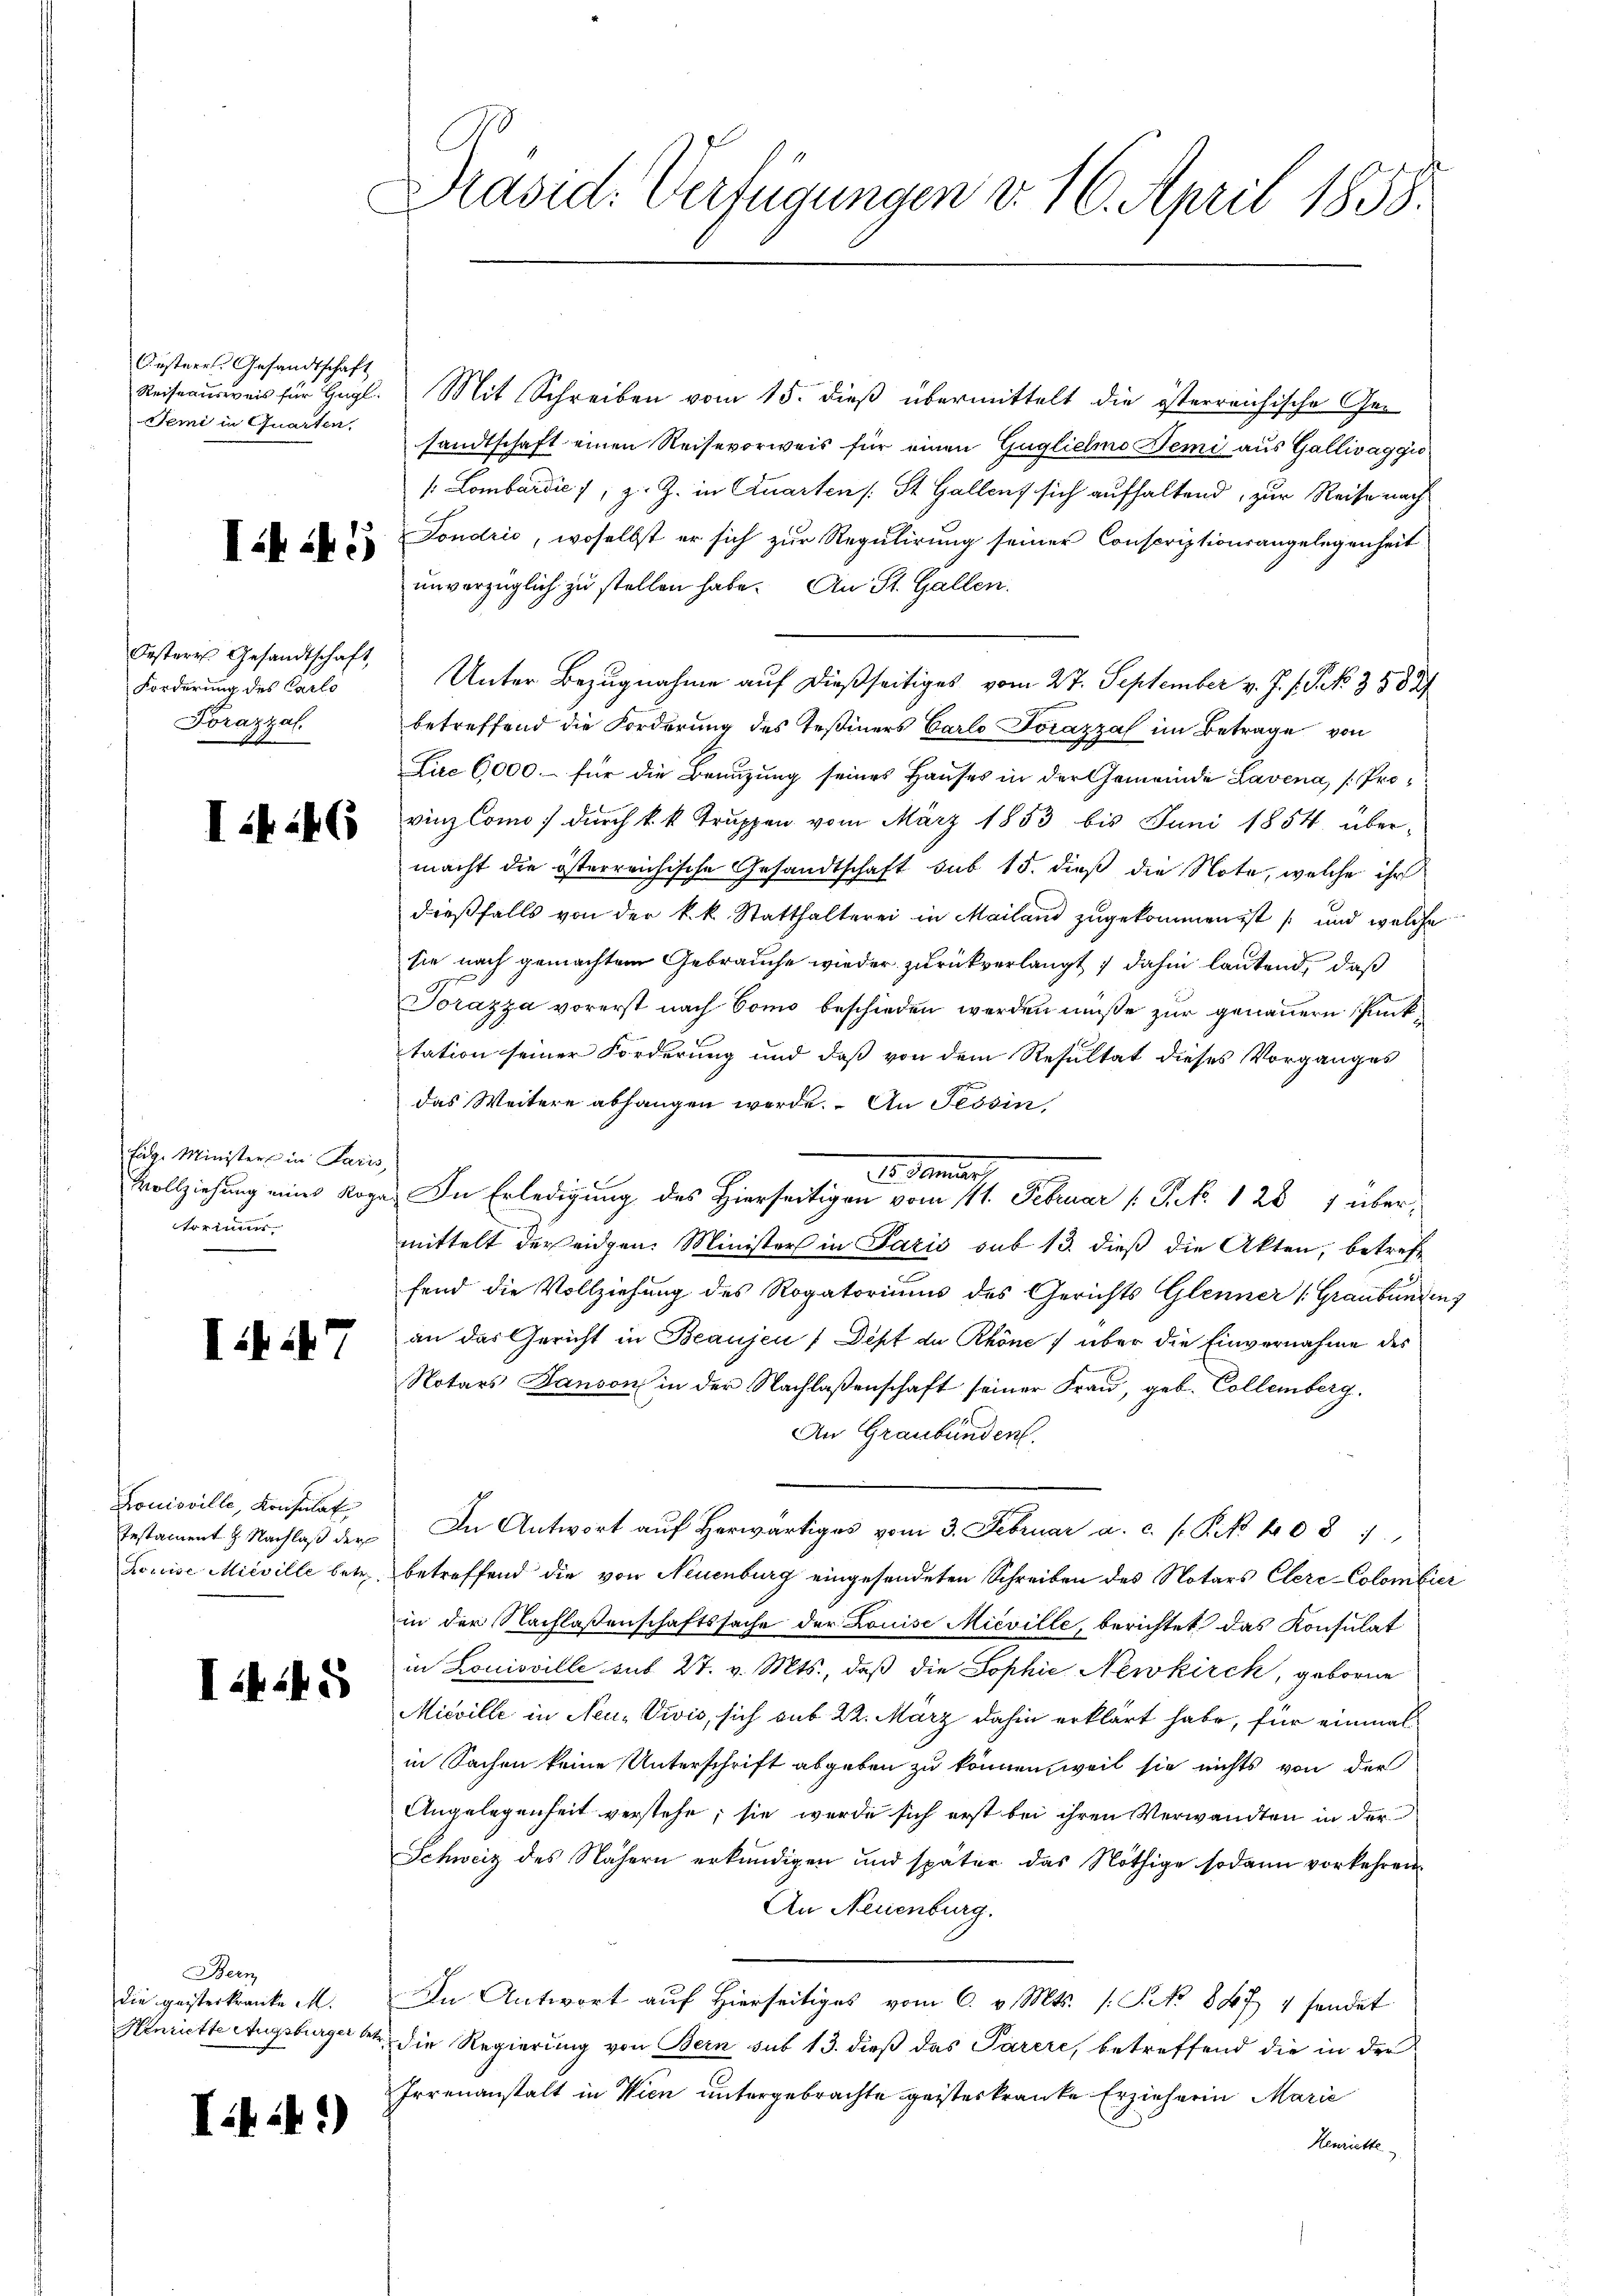
Austerr. Gesandtschaft
Temi in Quarten,

Iii45)

Oestere Gesandtschaft,
Forderung des Carlo
Forazzal

I446

füge Minister in Paris,
torimus

ii47

Louisville, Konsulat
Testament J. Nachlaß der

I445

Bern
die geisterkranke M.

It:41)

Präsid. Verfügungen d. 16. April 1858.

Reiseausweis für Hegl. Mit Schreiben vom 15. dieß übermittelt die österreichische Gesandtschaft einen Reisevorweis für einen Guglichmo Temi aus Gallivaggio
 Lombardić, z. Z. in Quarten St. Gallen, sich aufhaltend, zur Reise nach
Fondrić, woselbst er sich zur Regulirung seiner Conscriptionsangelegenheit
unverzüglich zu stellen habe. An St. Gallen.
Unter Bezugnahme auf dießseitiges vom 27. September v. J. J. P. N. 358. 2
betreffend die Forderung des Teßiners Carlo Jořazzal im Betrage von
Lire 6,000.- für die Benuzung seines Hauses in der Gemeinde Lavena, (Provinz Como durch k. k. Truppen vom März 1853 bis Juni 1854 über-
macht die österreichische Gesandtschaft sub 15. dieß die Note, welche ihr
dieβfalls von der k. k. Statthalterei in Mailand zugekommen ist (und welche
sie nach gemachtem Gebrauche wieder zurückverlangt; dahin lautend, daß
Torazza vorerst nach Como beschieden werden müße zur genauern Punktation seiner Forderung und daß von dem Resultat dieses Vorganges
das Weitere abhangen werde. An Tessin,
Vollziehung eines Kopa. In Erledigung des Hierseitigen vom 11. Februar (: P. 1287 übermittelt der eidgen. Minister in Paris sub 13. dieß die Akten, betreff
fend die Vollziehung des Rogatoriums des Gerichts Glenner (Graubünden
an das Gericht in Beaujen (Dept de Rhöne über die Einvernahme des
Notars Panson in der Nachlaßenschaft seiner Frau, geb. Collemberg.
An Graubünden.
In Antwort aŭf herwärtiges vom 3. Februar a. c. s. P. Nr. 408 1
Louise Mieville betr. betreffend die von Neuenburg eingesendeten Schreiben des Notars Clere-Colombier
in der Nachlaßenschaftssache der Louise Mieville, berichtet das Konsulat
in Louisville sub 27. v. Mts., daß die Sophie Newkirch, geborne
Mieville in Neu-Vivis, sich sub 22. März dahin erklärt habe, für einmal
in Sachen keine Unterschrift abgeben zu können, weil sie nichts von der
Angelegenheit verstehe; sie wurde sich erst bei ihren Verwandten in der
Schweiz des Nähern erkundigen und später das Nöthige sodann vorkehren
An Neuenburg.
In Antwort auf hierseitiges vom 6. v. Mts. (: S. 847 7 sendet
Henriette Angebürger betr. die Regierung von Bern sub 13. dieß das Parere, betreffend die in der
Irrenanstalt in Wien untergebrachte geisteskranke Erzieherin Marie
Henriette

Dr. Demar